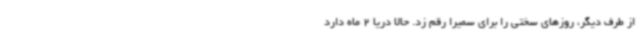
از طرف دیگر، روزهای سختی را برای سمیرا رقم زد. حالا دریا 2 ماه دارد